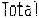
TOTAL